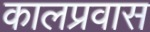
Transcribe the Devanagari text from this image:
कालप्रवास